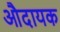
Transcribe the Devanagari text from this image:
औदायक